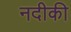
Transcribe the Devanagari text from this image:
नदीकी